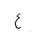
Letter: _ayn